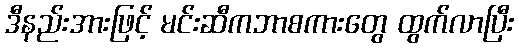
ဒီနည်းအားဖြင့် မင်းဆီကဘာစကားတွေ ထွက်လာပြီး